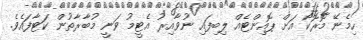
ހިމެނޭ މޮރޮކޯ އަށް ޕޮއިންޓެއް ލިބިފައި ނުވާއިރު އެޓީމު ވަނީ މުބާރާތުން ކަޓާފައެވެ.